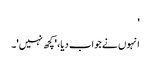
'
انہوں نے جواب دیا، 'کچھ نہیں'۔